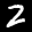
Label: 2